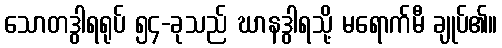
သောတဒွါရရုပ် ၅၄-ခုသည် ဃာနဒွါရသို့ မရောက်မီ ချုပ်၏။